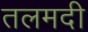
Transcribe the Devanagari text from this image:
तलमदी